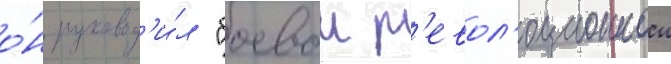
о́н руковод'и́л "боевои р'евол'юционнои